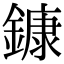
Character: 鏮